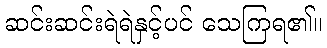
ဆင်းဆင်းရဲရဲနှင့်ပင် သေကြရ၏။